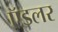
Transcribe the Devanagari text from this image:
ऍडलर